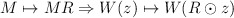
\begin{align*}M\mapsto MR \Rightarrow W(z)\mapsto W(R\odot z)\end{align*}